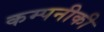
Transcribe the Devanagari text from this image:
कम्पनीकी